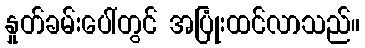
နှုတ်ခမ်းပေါ်တွင် အပြုံးထင်လာသည်။